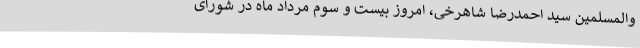
والمسلمین سید احمدرضا شاهرخی، امروز بیست و سوم مرداد ماه در شورای